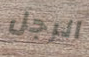
الرجل